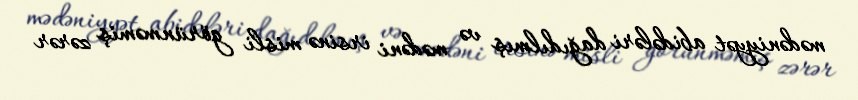
mədəniyyət abidələri dağıdılmış və mədəni irsinə misli görünməmiş zərər